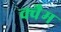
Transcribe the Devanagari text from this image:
क्वैम